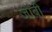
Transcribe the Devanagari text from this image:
जोंबी